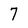
Character: 7